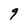
Character: 9